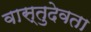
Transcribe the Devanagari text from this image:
वास्तुदेवता